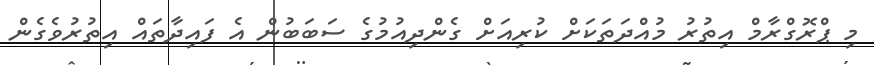
މި ޕްރޮގްރާމް އިތުރު މުއްދަތަކަށް ކުރިއަށް ގެންދިއުމުގެ ސަބަބުން އެ ފައިދާތައް އިތުރުވެގެން